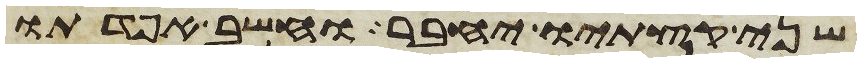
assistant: שני קצתיו יחבר וחשב אפדתו